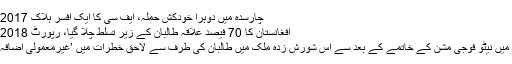
چارسدہ میں دوہرا خودکش حملہ، ایف سی کا ایک افسر ہلاک 17.03.2017
افغانستان کا 70 فیصد علاقہ طالبان کے زیر تسلط چلا گیا، رپورٹ 31.01.2018
افغانستان میں نیٹو فوجی مشن کے خاتمے کے بعد سے اس شورش زدہ ملک میں طالبان کی طرف سے لاحق خطرات میں ’غیرمعمولی اضافہ‘ ہوا ہے۔